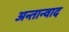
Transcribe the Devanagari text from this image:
अन्तान्वाद